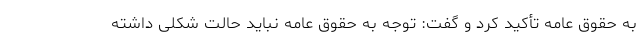
به حقوق عامه تأکید کرد و گفت: توجه به حقوق عامه نباید حالت شکلی داشته